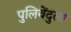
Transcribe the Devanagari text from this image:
पुलिवेंदुला